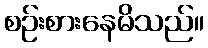
စဉ်းစားနေမိသည်။